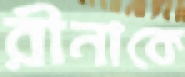
রীনাকে